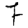
Digit: 7